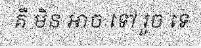
គឺ មិន អាច ទៅ រួច ទេ